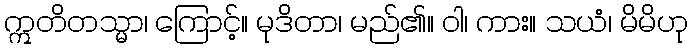
ဣတိတသ္မာ၊ ကြောင့်။ မုဒိတာ၊ မည်၏။ ဝါ၊ ကား။ သယံ၊ မိမိဟု